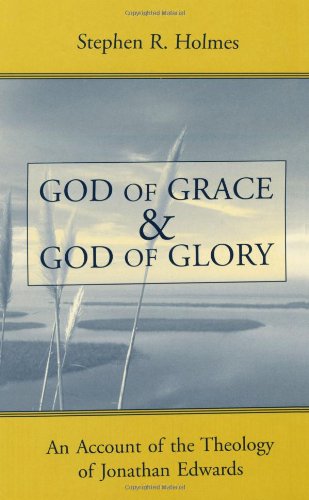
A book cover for God of Grace and God of Glory: An Account of the Theology of Jonathan Edwards; Stephen R. Holmes; Christian Books & Bibles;